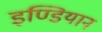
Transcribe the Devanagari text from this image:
इण्डियान